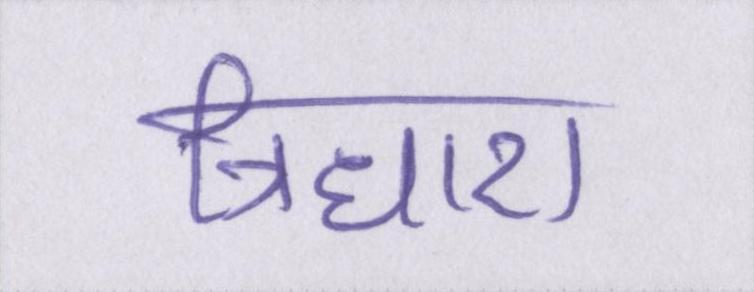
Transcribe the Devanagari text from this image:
त्रिधारा